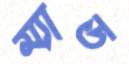
ম্যাড